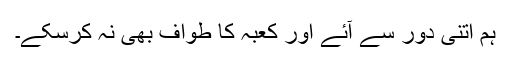
ہم اتنی دور سے آئے اور کعبہ کا طواف بھی نہ کرسکے۔